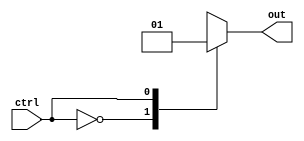
module mem2reg_test5(input ctrl, output out);
	wire [0:0] foo[0:0];
	wire [0:0] bar[0:1];
	assign foo[0] = ctrl;
	assign bar[0] = 0, bar[1] = 1;
	assign out = bar[foo[0]];
endmodule